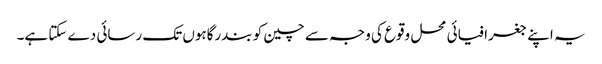
یہ اپنے جغرافیائی محل وقوع کی وجہ سے چین کو بندرگاہوں تک رسائی دے سکتا ہے۔